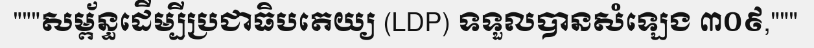
"""សម្ព័ន្ធដើម្បីប្រជាធិបតេយ្យ (LDP) ទទួលបានសំឡេង ៣០៩,"""